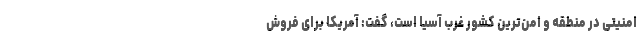
امنیتی در منطقه و امن‌ترین کشور غرب آسیا است، گفت: آمریکا برای فروش